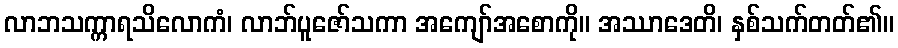
လာဘသက္ကာရသိလောကံ၊ လာဘ်ပူဇော်သကာ အကျော်အစောကို။ အဿာဒေတိ၊ နှစ်သက်တတ်၏။